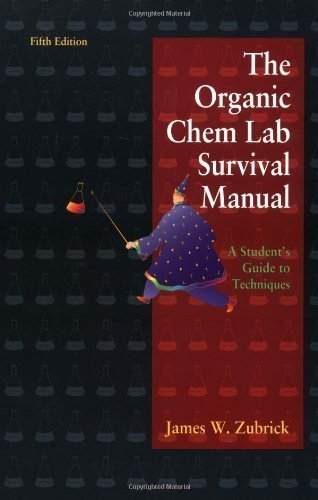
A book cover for The Organic Chem Lab Survival Manual: A Student's Guide to Techniques -- Fifth 5th Edition; James W. Zubrick; Science & Math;